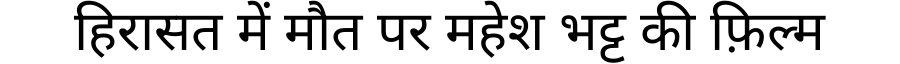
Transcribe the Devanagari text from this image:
हिरासत में मौत पर महेश भट्ट की फ़िल्म